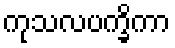
ကုသလပက္ခိကာ